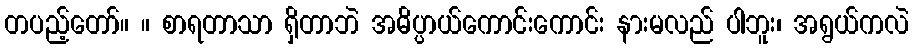
တပည့်တော်။ ။ စာရတာသာ ရှိတာဘဲ အဓိပ္ပာယ်ကောင်းကောင်း နားမလည် ပါဘူး၊ အရွယ်ကလဲ